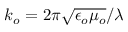
k _ { o } = 2 \pi \sqrt { \epsilon _ { o } \mu _ { o } } / \lambda